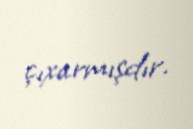
çıxarmışdır.